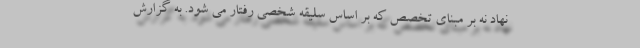
نهاد نه بر مبنای تخصص که بر اساس سلیقه شخصی رفتار می شود. به گزارش